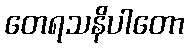
တေရသနိပါတော